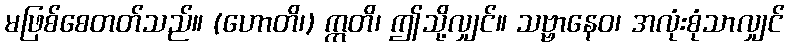
မဖြစ်စေတတ်သည်။ (ဟောတိ၊) ဣတိ၊ ဤသို့လျှင်။ သဗ္ဗာနေဝ၊ အလုံးစုံသာလျှင်